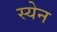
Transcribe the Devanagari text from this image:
स्येन